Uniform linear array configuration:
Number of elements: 48
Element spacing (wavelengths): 1
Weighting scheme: kaiser
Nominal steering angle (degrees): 45
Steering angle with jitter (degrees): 43.454
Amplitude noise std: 0.05
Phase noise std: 0.05

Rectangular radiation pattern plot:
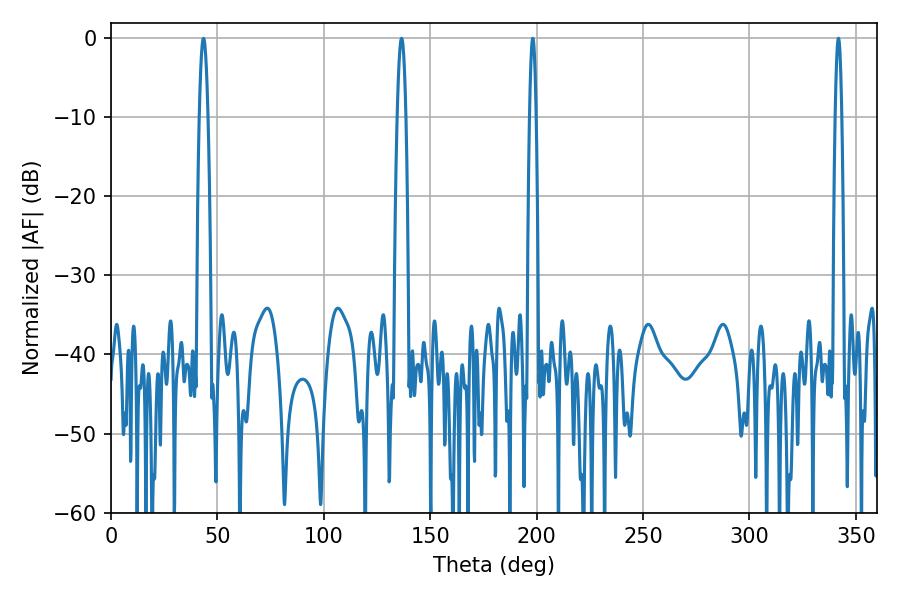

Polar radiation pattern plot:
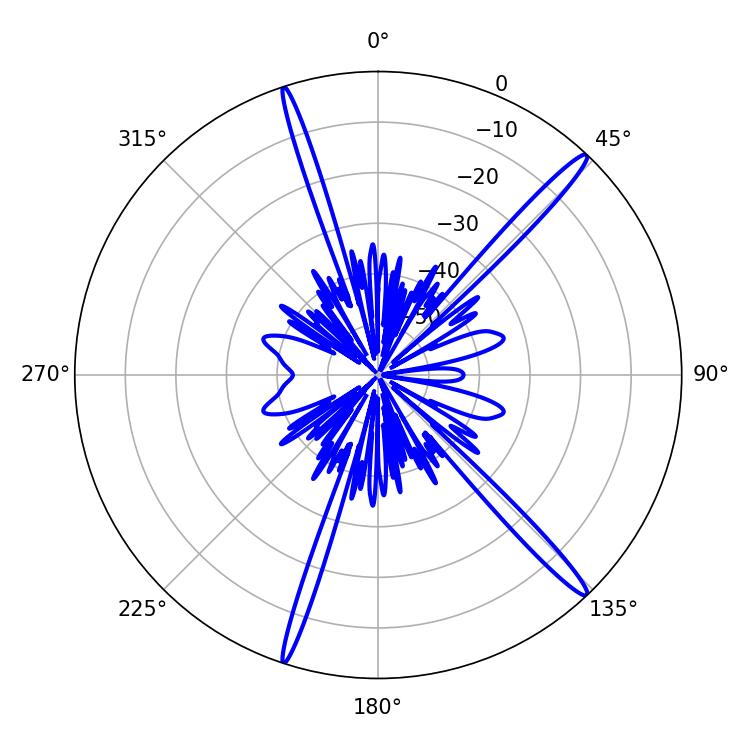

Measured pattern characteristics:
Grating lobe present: TRUE
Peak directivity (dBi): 17.132
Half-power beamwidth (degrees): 1.62
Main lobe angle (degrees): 198.18